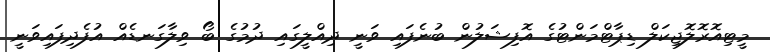
މީޓިއޮރޮލޮޖިކަލް ޑިޕާޓްމަންޓުގެ އޮފިޝަލުން ބުނެފައި ވަނީ ދިއްލީގައި ދުމުގެ ބޯ ވިލާގަނޑެއް އުފެދިފައިވަނީ